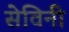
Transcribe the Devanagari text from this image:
सेविनी